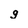
Character: g